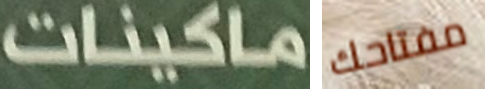
ماكينات مفتاحك